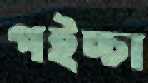
পইচ্চা